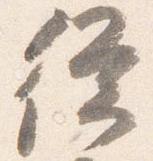
従